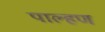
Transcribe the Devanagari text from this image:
पाल्हण